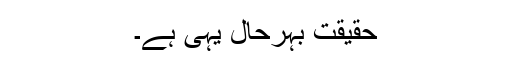
حقیقت بہرحال یہی ہے۔